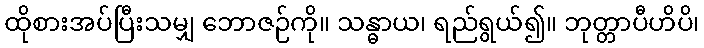
ထိုစားအပ်ပြီးသမျှ ဘောဇဉ်ကို။ သန္ဓာယ၊ ရည်ရွယ်၍။ ဘုတ္တာပီဟိပိ၊